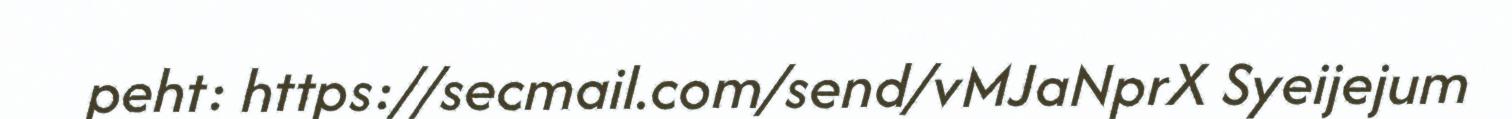
peht: https://secmail.com/send/vMJaNprX Syeijejum